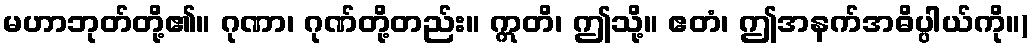
မဟာဘုတ်တို့၏။ ဂုဏာ၊ ဂုဏ်တို့တည်း။ ဣတိ၊ ဤသို့။ ဧတံ၊ ဤအနက်အဓိပ္ပါယ်ကို။)